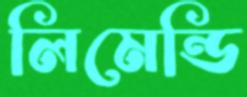
লিমেন্ডি